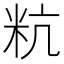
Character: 粇